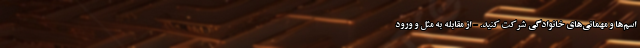
اسم‌ها و مهمانی‌های خانوادگی شرکت کنید. - از مقابله به مثل و ورود